Annual report on the working of the mental hospitals in the Madras Presidency - 1912-1932
Year: 1912
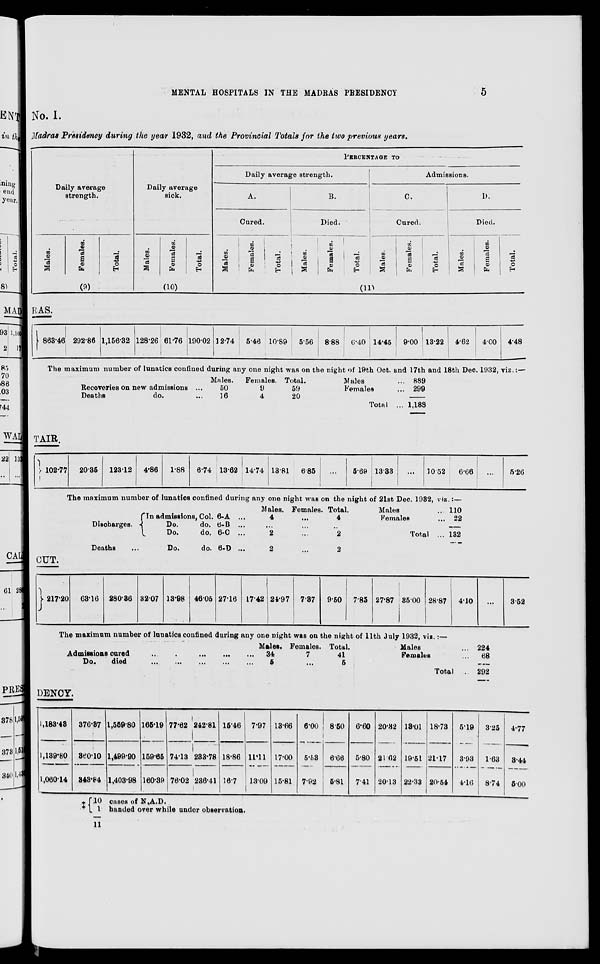
MENTAL HOSPITALS IN THE MADRAS PRESIDENCY
5
No. I.
Madras Presidency during the year 1932, and the Provincial Totals for the two previous years.
Daily average
strength.
Males.
Females.
Total.
(9)
Daily average
sick.
Males.
Females.
Total.
(10)
PERCENTAGE TO
Daily average strength.
A.
Cured.
Males.
Females.
Total.
B.
Died.
Males.
Females.
Total.
Admissions.
C.
Cured.
Males.
Females.
Total.
D.
Died.
Males.
Females.
Total.
(11)
RAS.
863.46 292.86 1,156.32 128.26 61.76 190.02 12.74
5.46 10.89
5.56
8.88
6.40 14.45
9.00 13.22
4.62
4.00 4.48
The maximum number of lunatics confined during any one night was on the night of 19th Oct. and 17th and 18th Dec. 1932, viz.:—
Recoveries on new admissions ...
Deaths
do.
Males.
50
16
Females.
9
4
Total.
59
20
Males ...
Females ...
Total ...
889
299
1,188
TAIR.
102.77
20.35
123.12
4.86
1.88
6.74 13.62 14.74 13.81
6.85
...
5.69 13.33
...
10.52
6.66
The maximum number of lunatics confined during any one night was on the night of 21st Dec. 1932, viz.:—
Discharges.
In admissions, Col. 6-A ....
Do.
do. 6-B ...
Do.
do. 6-C ...
Deaths ...
Do.
do. 6-D ...
Males.
4
...
2
2
Females.
...
...
...
...
Total.
4
...
2
2
Males ...
Females ...
Total ...
110
22
132
...
5.26
CUT.
217.20
63.16 280.36 32.07 13.98 46.05 27.16 17.42 24.97 7.37
9.50
7.85 27.87 35.00 28.87
4.10
...
3.52
The maximum number of lunatics confined during any one night was on the night of 11th July 1932, viz.:—
Admissions cured
...
...
...
...
...
Do.
died ... ... ... ... ... ...
Males.
34
5
Females.
7
...
Total.
41
5
Males ...
Females ...
Total ...
224
68
292
DENCY.
1,183.48
1,139.80
1,060.14
376.37
360.10
343.84
1,559.80
1,499.90
1,403.98
165.19
159.65
160.39
77.62
74.13
76.02
242.81
233.78
236.41
15.46
18.86
16.7
7.97
11.11
13.09
13.66
17.00
15.81
6.00
5.53
7.92
8.50
6.66
5.81
6.60
5.80
7.41
20.82
21.62
20.13
13.01
19.51
22.33
18.73
21.17
20.54
5.19
3.93
4.16
3.25
1.63
8.74
4.77
3.44
5.00
‡ 10
1
11
cases of N.A.D.
handed over while under observation.